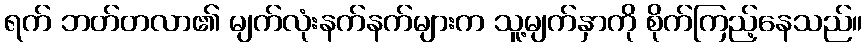
ရက် ဘတ်တလာ၏ မျက်လုံးနက်နက်များက သူ့မျက်နှာကို စိုက်ကြည့်နေသည်။